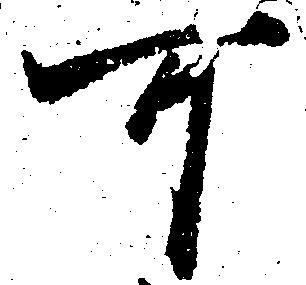
可